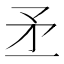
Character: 𥍝